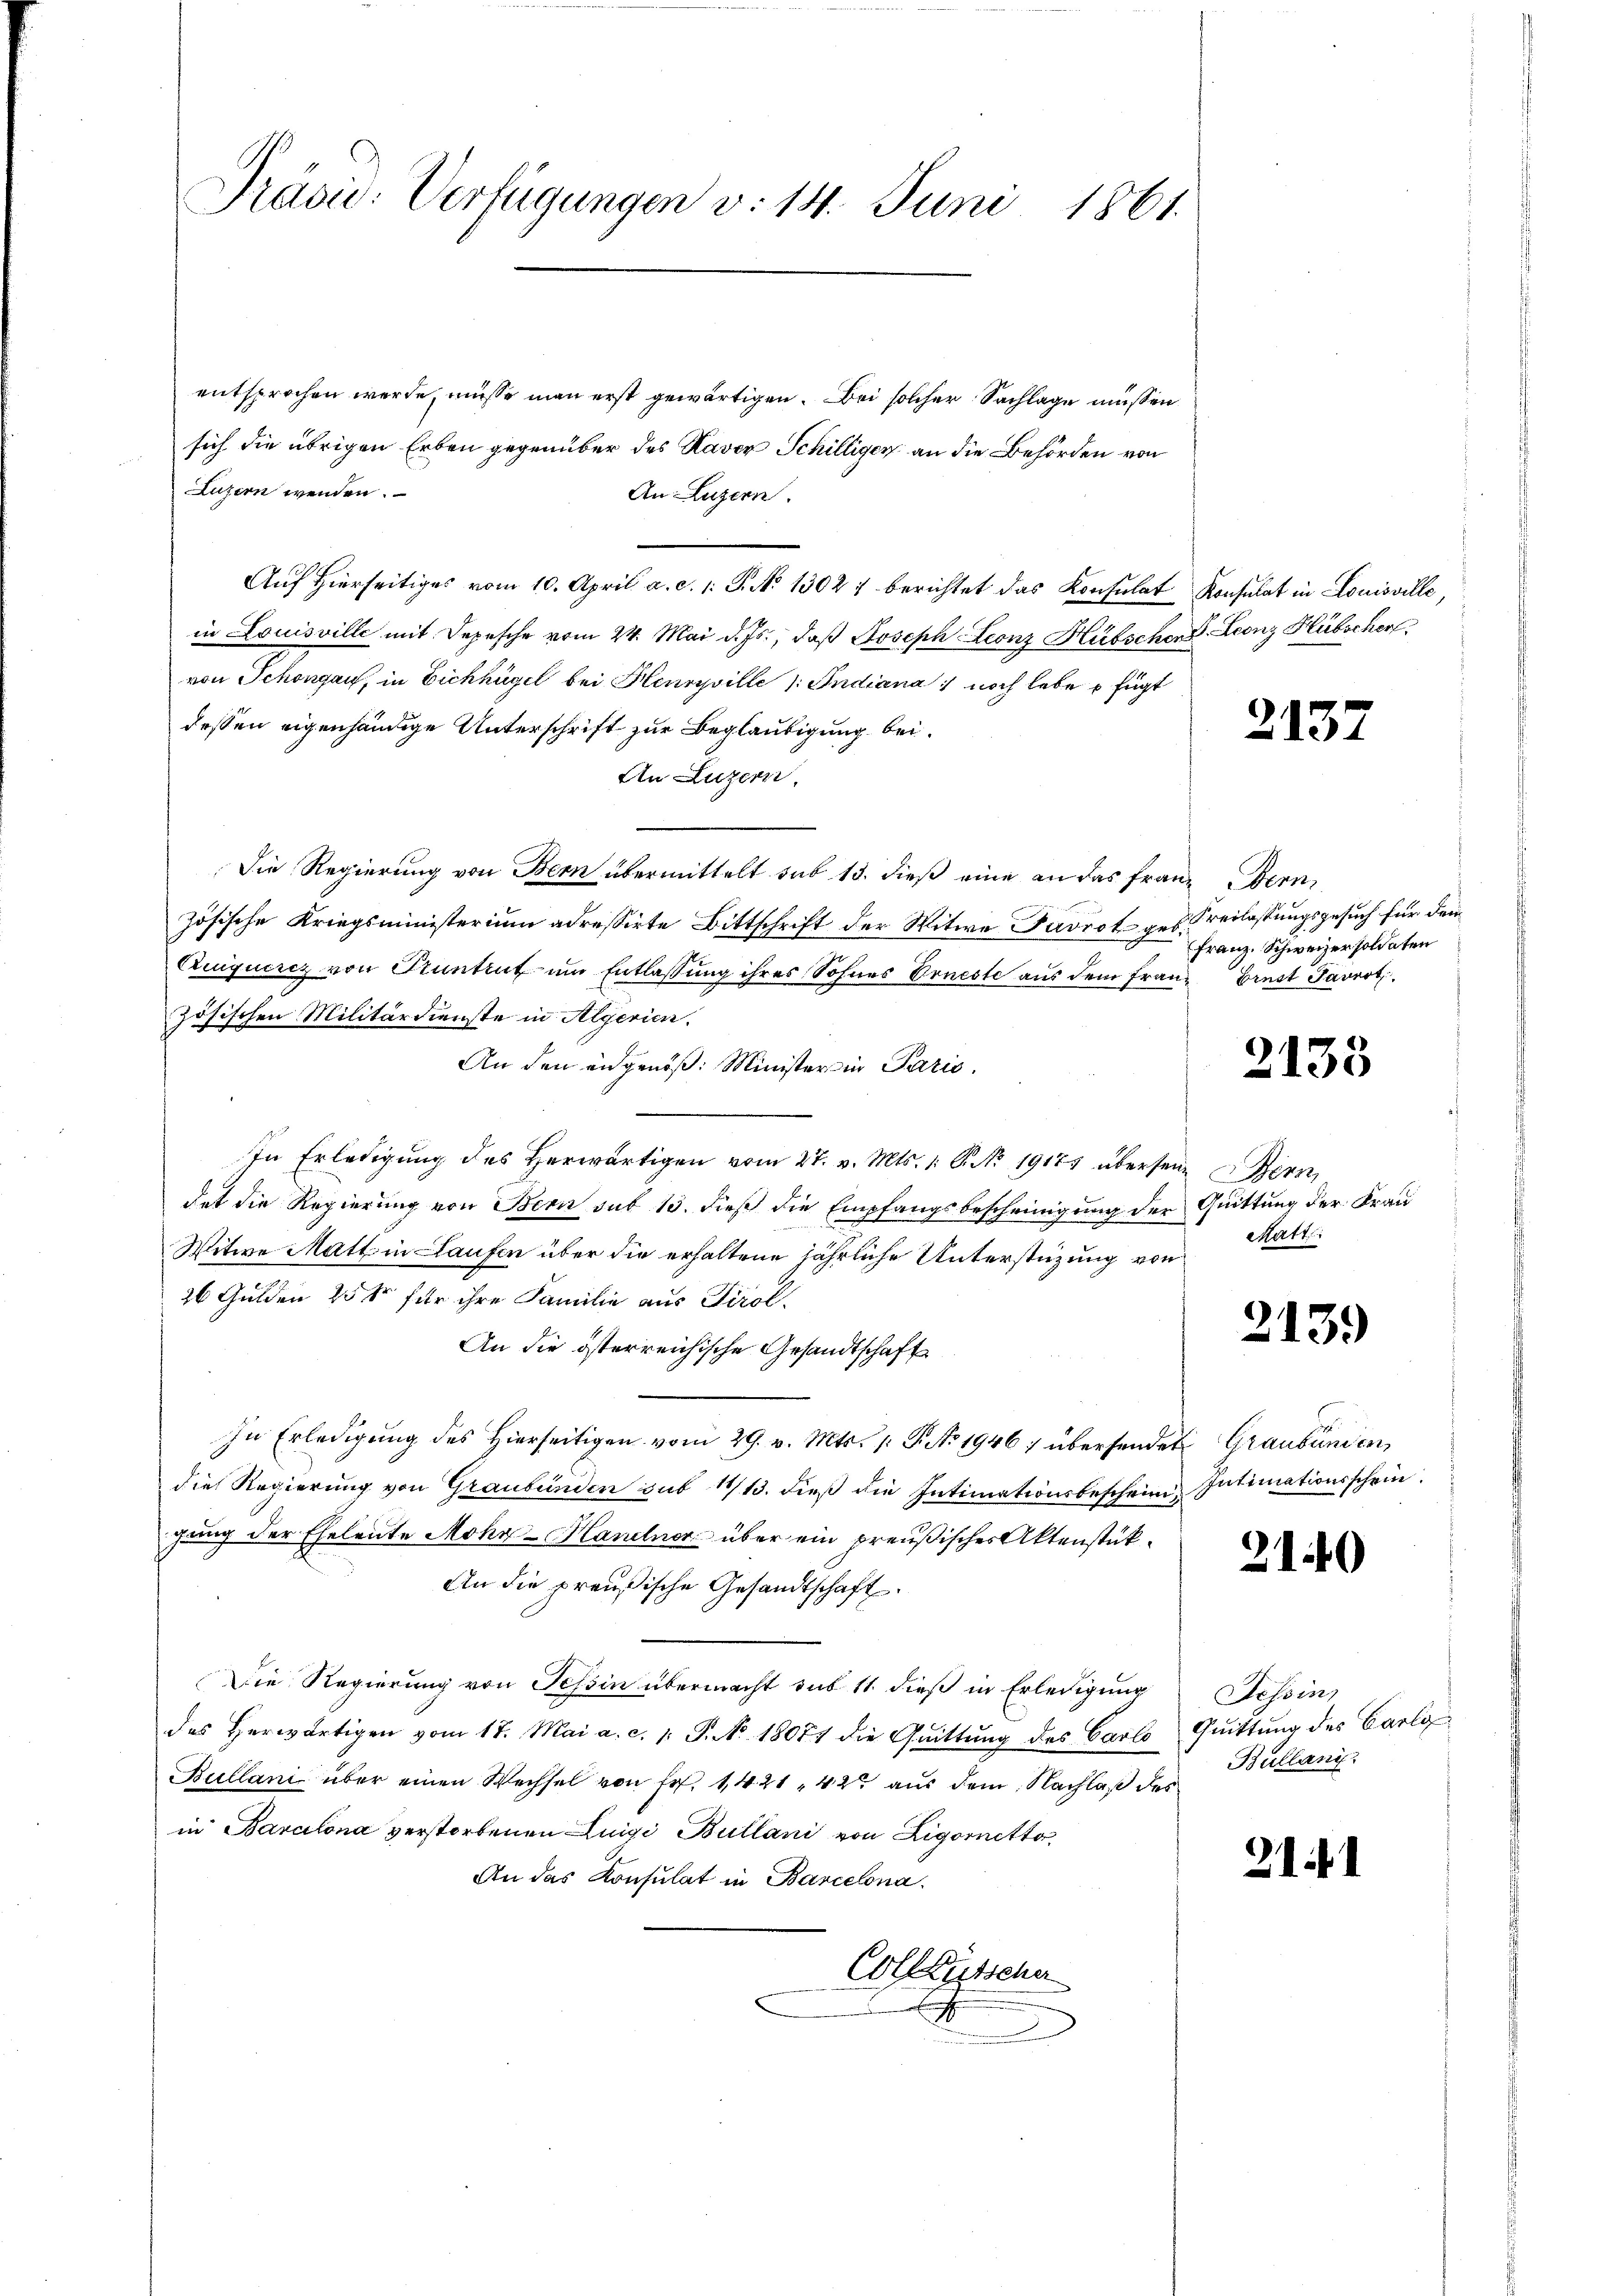
Präsid. Verfügungen v. 14. Juni 1861.

entsprochen werde, müsse man erst gewärtigen. Bei solcher Sachlage müssen
sich die übrigen Erben gegenüber des Kaver Schilligen an die Behörden von
Luzern wenden.
An Luzern.
Aŭf Hierseitiges vom 10. April a. c. 1. P. N. 1302) berichtet das Konsulat Konsulat in Louisville,
in Louisville mit Depesche vom 24. Mai d. Js., daß Joseph Leonz Hübschen S. Leonz Hübscher
von Schongau, in Eichhügel bei Henryville 1. Indiana noch lebe u fügt
dessen eigenhändige Unterschrift zur Beglaubigung bei¬
An Luzern,
Die Regierung von Bern übermittelt sub 13. dieß eine an das Franz Bern,
zösische Kriegsministerium adressirte Bittschrift der Witwe Pavrot ges. verlassungsgesuch für dem
Cniqueriz von Kuntrut um Entlassung ihres Sohnes Erneste aus dem Frau
zösischen Militärdienste in Algerien.
An den eidgenöß: Minister in Paris.
In Erledigung des Herwärtigen vom 27. v. Mts. 1. P. Nr. 19175 übersein Bern,
dat die Regierung von Bern sub 13. dieß die Empfangsbescheinigung der Quittung der Frau
Witwe Matt in Laufen über die erhaltene jährliche Unterstüzung von
26 Gulden 250 für ihre Familie aus Tirol.
An die österreichische Gesandtschaft
In Erledigung des Hierseitigen vom 29. v. Mts. 1. P. No 1946 übersendet Graubünden,
die Regierung von Graubünden sub 14/13. dieß die Intimationsbeschein Intimationsschein,
gung der Eheleute Mohr-Hantner über ein preußischer Aktenstük¬
An die preußische Gesandtschaft.
Die Regierung von Tessin übermacht sub 11. dieß in Erledigung
des herwärtigen vom 17. Mai a. c. 1. P. No 18077 die Qŭittŭng des Carlo Quittung des Barlg
Bullani über einen Wechsel von Fr. 1421. 42 aus dem Nachlaß des
in Barclona verstorbenen Luigi Bullani von Zigaretto
An das Konsulat in Barcelona.
Collenssche

313

Franz. Schweizer soldaten
Brust Tavert

2133

Matt

2139

2140

Tessin,
Bullani

2141